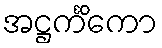
အဋ္ဌင်္ကိကော